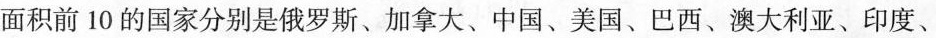
面积前10的国家分别是俄罗斯、加拿大、中国、美国、巴西、澳大利亚、印度、